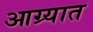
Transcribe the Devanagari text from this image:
आग्र्यात